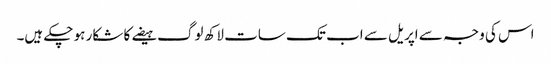
اس کی وجہ سے اپریل سے اب تک سات لاکھ لوگ ہیضے کا شکار ہو چکے ہیں۔